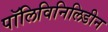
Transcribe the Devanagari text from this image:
पॉलिविनिलिडीन